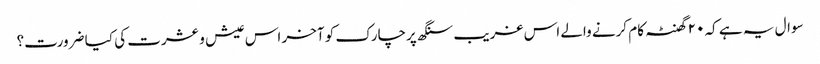
سوال یہ ہے کہ ۲۰ گھنٹہ کام کرنے والے اس غریب سنگھ پرچارک کو آخر اس عیش و عشرت کی کیا ضرورت؟